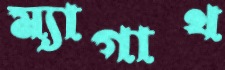
ম্যাগাথ